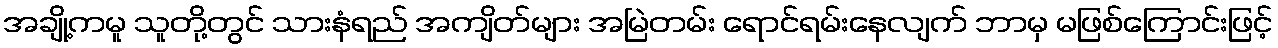
အချို့ကမူ သူတို့တွင် သားနံရည် အကျိတ်များ အမြဲတမ်း ရောင်ရမ်းနေလျက် ဘာမှ မဖြစ်ကြောင်းဖြင့်